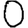
Digit: 0